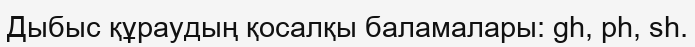
Дыбыс құраудың қосалқы баламалары: gh, ph, sh.